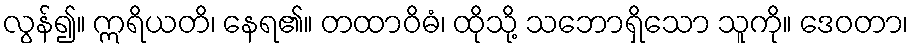
လွန်၍။ ဣရိယတိ၊ နေရ၏။ တထာဝိဓံ၊ ထိုသို့ သဘောရှိသော သူကို။ ဒေဝတာ၊